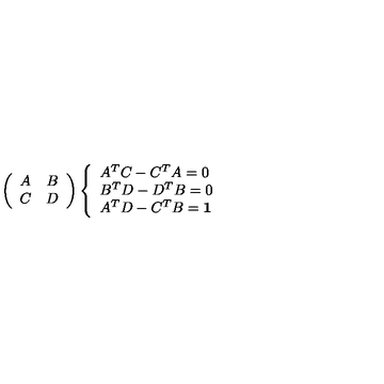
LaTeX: \left( \begin{array} { c c } { A } & { B } \\ { C } & { D } \\ \end{array} \right) \left\{ \begin{array} { l } { A ^ { T } C - C ^ { T } A = 0 } \\ { B ^ { T } D - D ^ { T } B = 0 } \\ { A ^ { T } D - C ^ { T } B = { \bf 1 } } \\ \end{array} \right.